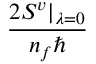
\frac { 2 S ^ { v } \vert _ { \lambda = 0 } } { n _ { f } \hbar }